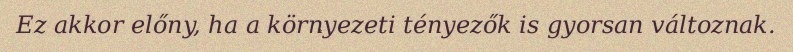
Ez akkor előny, ha a környezeti tényezők is gyorsan változnak.